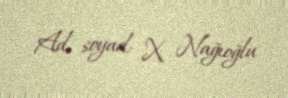
Ad, soyad: X. Nağıoğlu